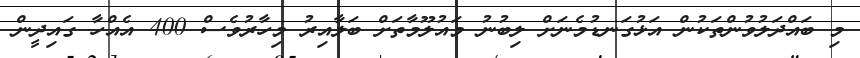
މި ބައްދަލުވުންތަކުން އަޅުގަނޑުމެނަށް ލިބުނު މައުލޫމާތަށް ބަލާއިރު މިހާރުވެސް 400 އެއްހާ ގައިދީން